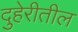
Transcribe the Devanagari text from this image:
दुहेरीतील